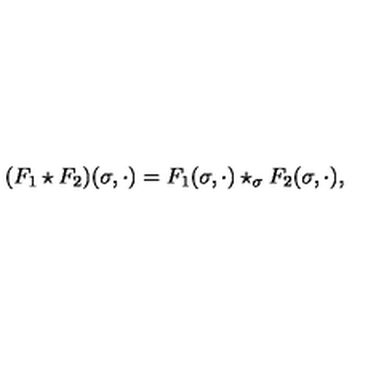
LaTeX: ( F _ { 1 } \star F _ { 2 } ) ( \sigma , \cdot ) = F _ { 1 } ( \sigma , \cdot ) \star _ { \sigma } F _ { 2 } ( \sigma , \cdot ) ,